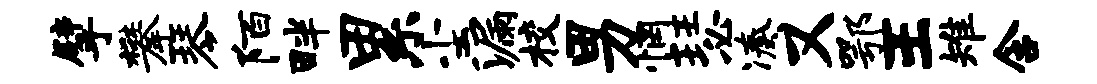
擘攀琴陌畔累尘漏校男惘瑟凑又鄂王雉含